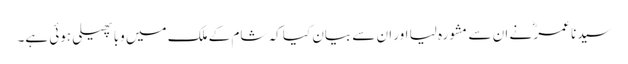
سیدنا عمرؓ نے ان سے مشورہ لیا اور ان سے بیان کیا کہ شام کے ملک میں وبا پھیلی ہوئی ہے۔